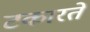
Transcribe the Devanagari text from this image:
टकारते